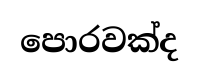
පොරවක්ද